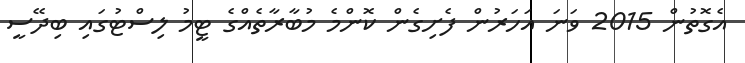
އެގޮތުން 2015 ވަނަ އަހަރުން ފެށިގެން ކޮންމެ މުބާރާތެއްގެ ޓީމު ލިސްޓުގައި ބިދޭސީ